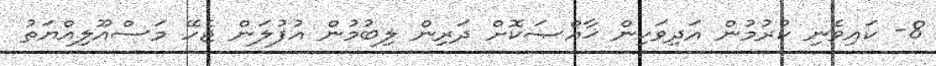
8- ކައިވެނި ކުރުމުން އަދިވަކިން ޚާއްޞަކޮށް ދަރިން ލިބުމުން އުފުލަން ޖެހޭ މަސްއޫލިއްޔަތު